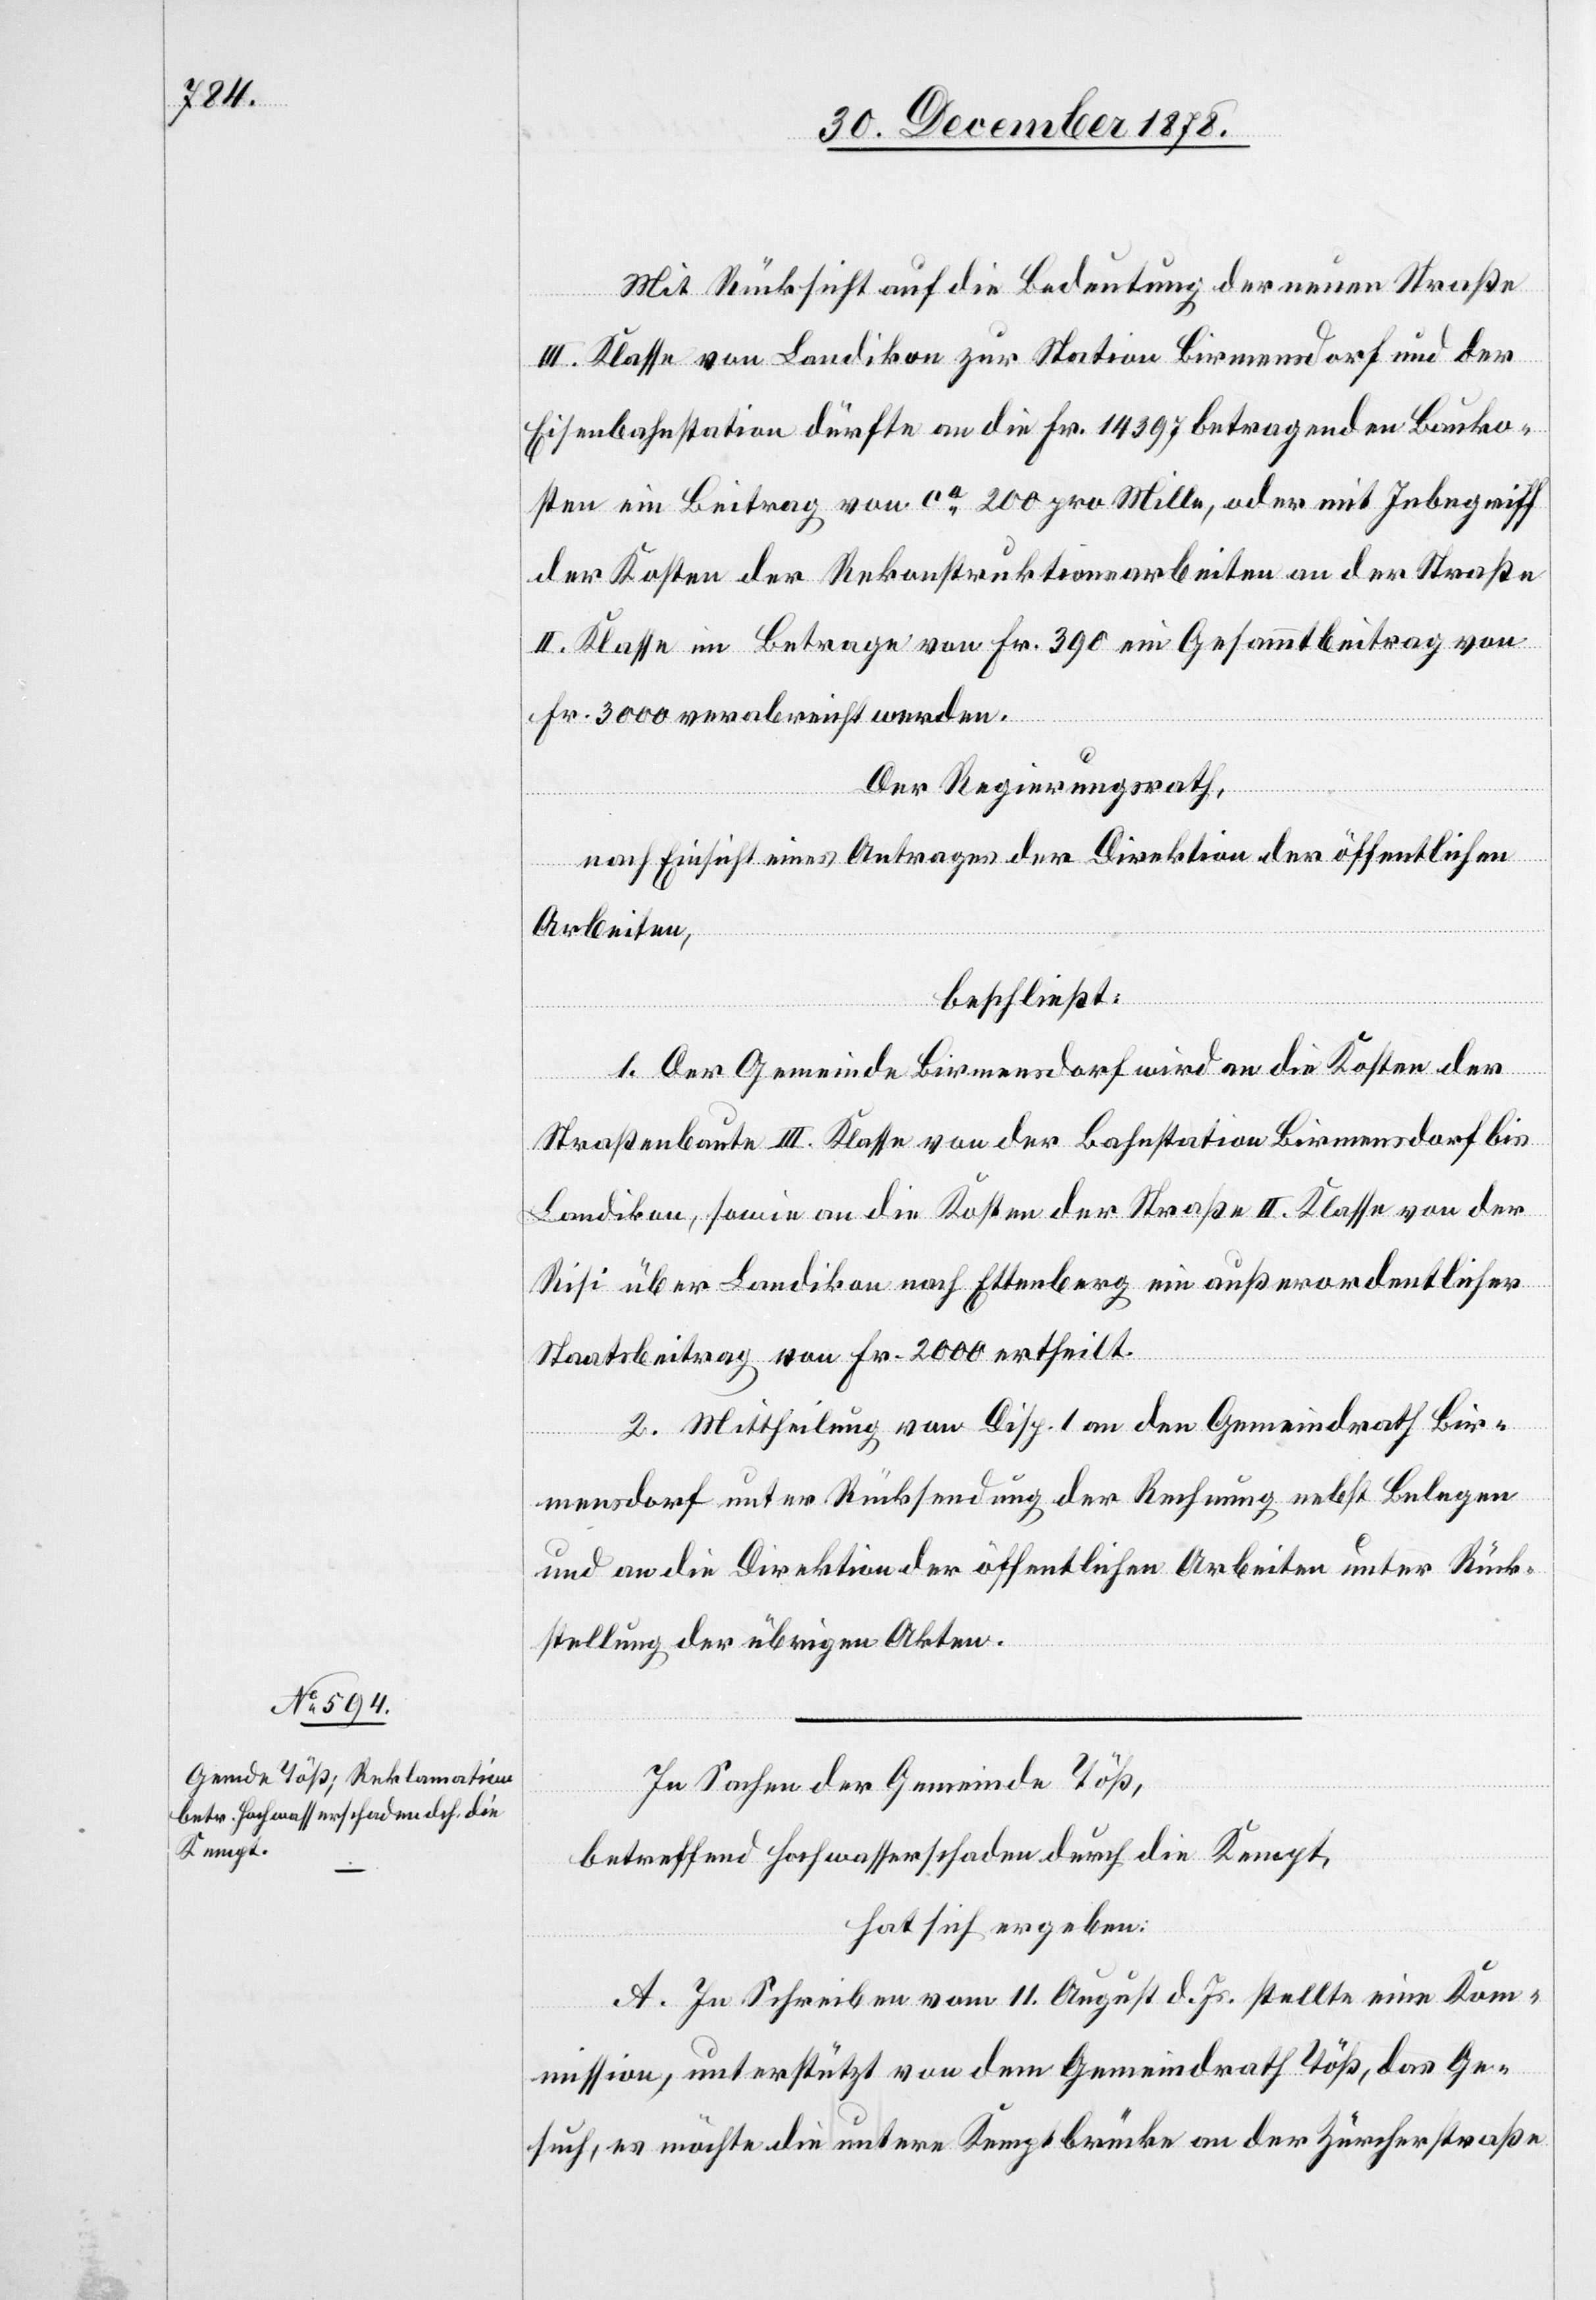
Mit Rücksicht auf die Bedeutung der neuen Straße
III. Klasse von Landikon zur Station Birmensdorf und der
Eisenbahnstation dürfte an die Fr. 14397 betragenden Bauko¬
sten ein Beitrag von ca 200 pro Mille, oder mit Inbegriff
der Kosten der Rekonstruktionsarbeiten an der Straße
II. Klasse im Betrage von Fr. 390 ein Gesammtbeitrag von
Fr. 3000 verabreicht werden.
Der Regierungsrath,
nach Einsicht eines Antrages der Direktion der öffentlichen
Arbeiten,
beschließt:
1. Der Gemeinde Birmensdorf wird an die Kosten der
Straßenbaute III. Klasse von der Bahnstation Birmensdorf bis
Landikon, sowie an die Kosten der Straße II. Klasse von der
Risi über Landikon nach Ettenberg ein außerordentlicher
Staatsbeitrag von Fr. 2000 ertheilt.
2. Mittheilung von Disp. 1 an den Gemeindrath Bir¬
mensdorf unter Rücksendung der Rechnung nebst Belegen
und an die Direktion der öffentlichen Arbeiten unter Rück¬
stellung der übrigen Akten.
In Sachen der Gemeinde Töß,
betreffend Hochwasserschaden durch die Kempt,
hat sich ergeben:
A. In Schreiben vom 11. August d. Js. stellte eine Kom¬
mission, unterstützt von dem Gemeindrath Töß, das Ge¬
such, es möchte die untere Kemptbrücke an der Zürcherstraße